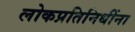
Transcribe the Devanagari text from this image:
लोकप्रतिनिधींना